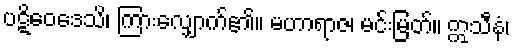
ပဋိဝေဒေသိ၊ ကြားလျှောက်၏။ မဟာရာဇ၊ မင်းမြတ်။ ဣသီနံ၊